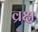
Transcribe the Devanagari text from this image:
व्रक्ष